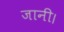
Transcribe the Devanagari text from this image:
जानी।